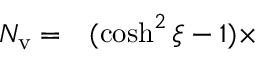
\begin{array} { r l } { N _ { \mathrm { v } } = } & { { } ( \cosh ^ { 2 } \xi - 1 ) \times } \end{array}